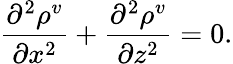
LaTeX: \frac{\partial^{2}\rho^{v}}{\partial x^{2}}+\frac{\partial^{2}\rho^{v}}{\partial z^{2}}=0.